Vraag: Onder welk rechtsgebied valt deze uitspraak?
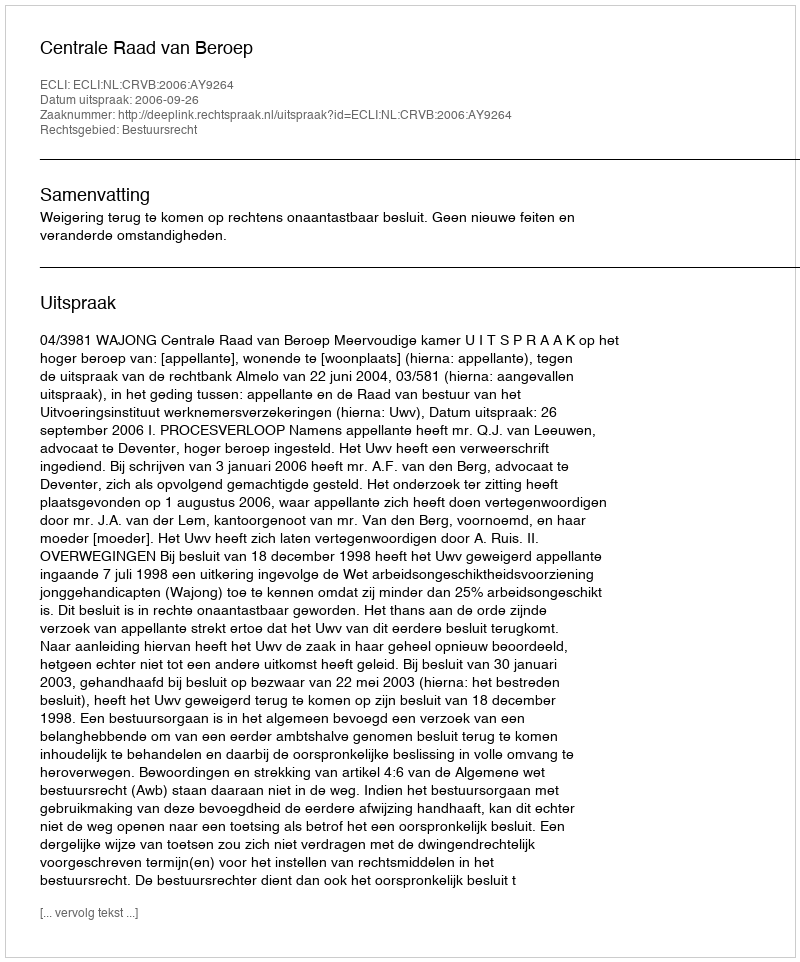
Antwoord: Bestuursrecht